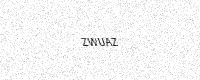
Text: ZWUAZ